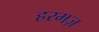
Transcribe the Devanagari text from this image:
हरमज़